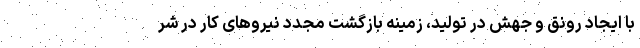
با ایجاد رونق و جهش در تولید، زمینه بازگشت مجدد نیروهای کار در شر